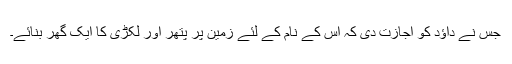
جس نے داؤد کو اجازت دی کہ اُس کے نام کے لئے زمین پر پتھر اور لکڑی کا ایک گھر بنائے۔